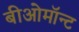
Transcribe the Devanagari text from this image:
बीओमॉन्ट